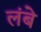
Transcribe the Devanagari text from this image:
लंबे